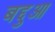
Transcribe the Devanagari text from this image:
बद्दुआ